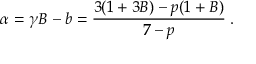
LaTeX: \alpha = \gamma B - b = \frac { 3 ( 1 + 3 B ) - p ( 1 + B ) } { 7 - p } \; .